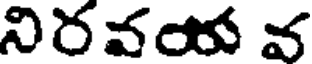
నిరవయ వ